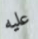
عليه